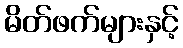
မိတ်ဖက်များနှင့်